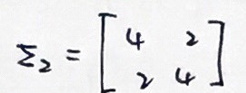
$z _ { 2 } = \begin{bmatrix} 4 & 2 \\ 2 & 4 \end{bmatrix}$